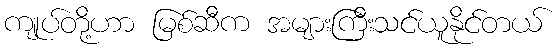
ကျုပ်တို့ဟာ မြစ်ဆီက အများကြီးသင်ယူနိုင်တယ်